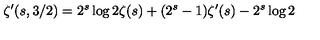
\zeta ^ { \prime } ( s , 3 / 2 ) = 2 ^ { s } \log 2 \zeta ( s ) + ( 2 ^ { s } - 1 ) \zeta ^ { \prime } ( s ) - 2 ^ { s } \log 2